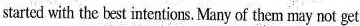
started with the best intentions. Many of them may not get